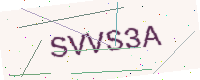
Text: SVVS3A